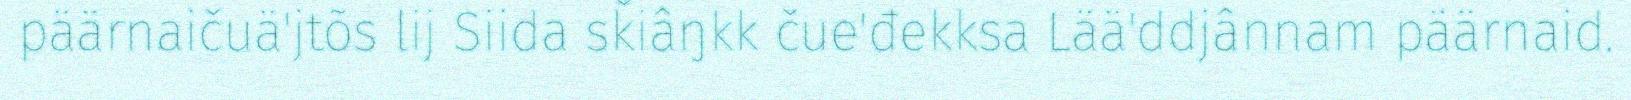
päärnaičuä'jtõs lij Siida sǩiâŋkk čue'đekksa Lää'ddjânnam päärnaid.